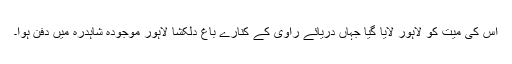
اس کی میت کو لاہور لایا گیا جہاں دریائے راوی کے کنارے باغ دلکشا لاہور موجودہ شاہدرہ میں دفن ہوا۔